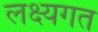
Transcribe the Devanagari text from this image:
लक्ष्यगत